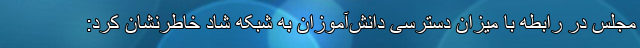
مجلس در رابطه با میزان دسترسی دانش‌آموزان به شبکه شاد خاطرنشان کرد: